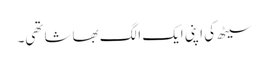
سیٹھ کی اپنی ایک الگ بھاشا تھی۔